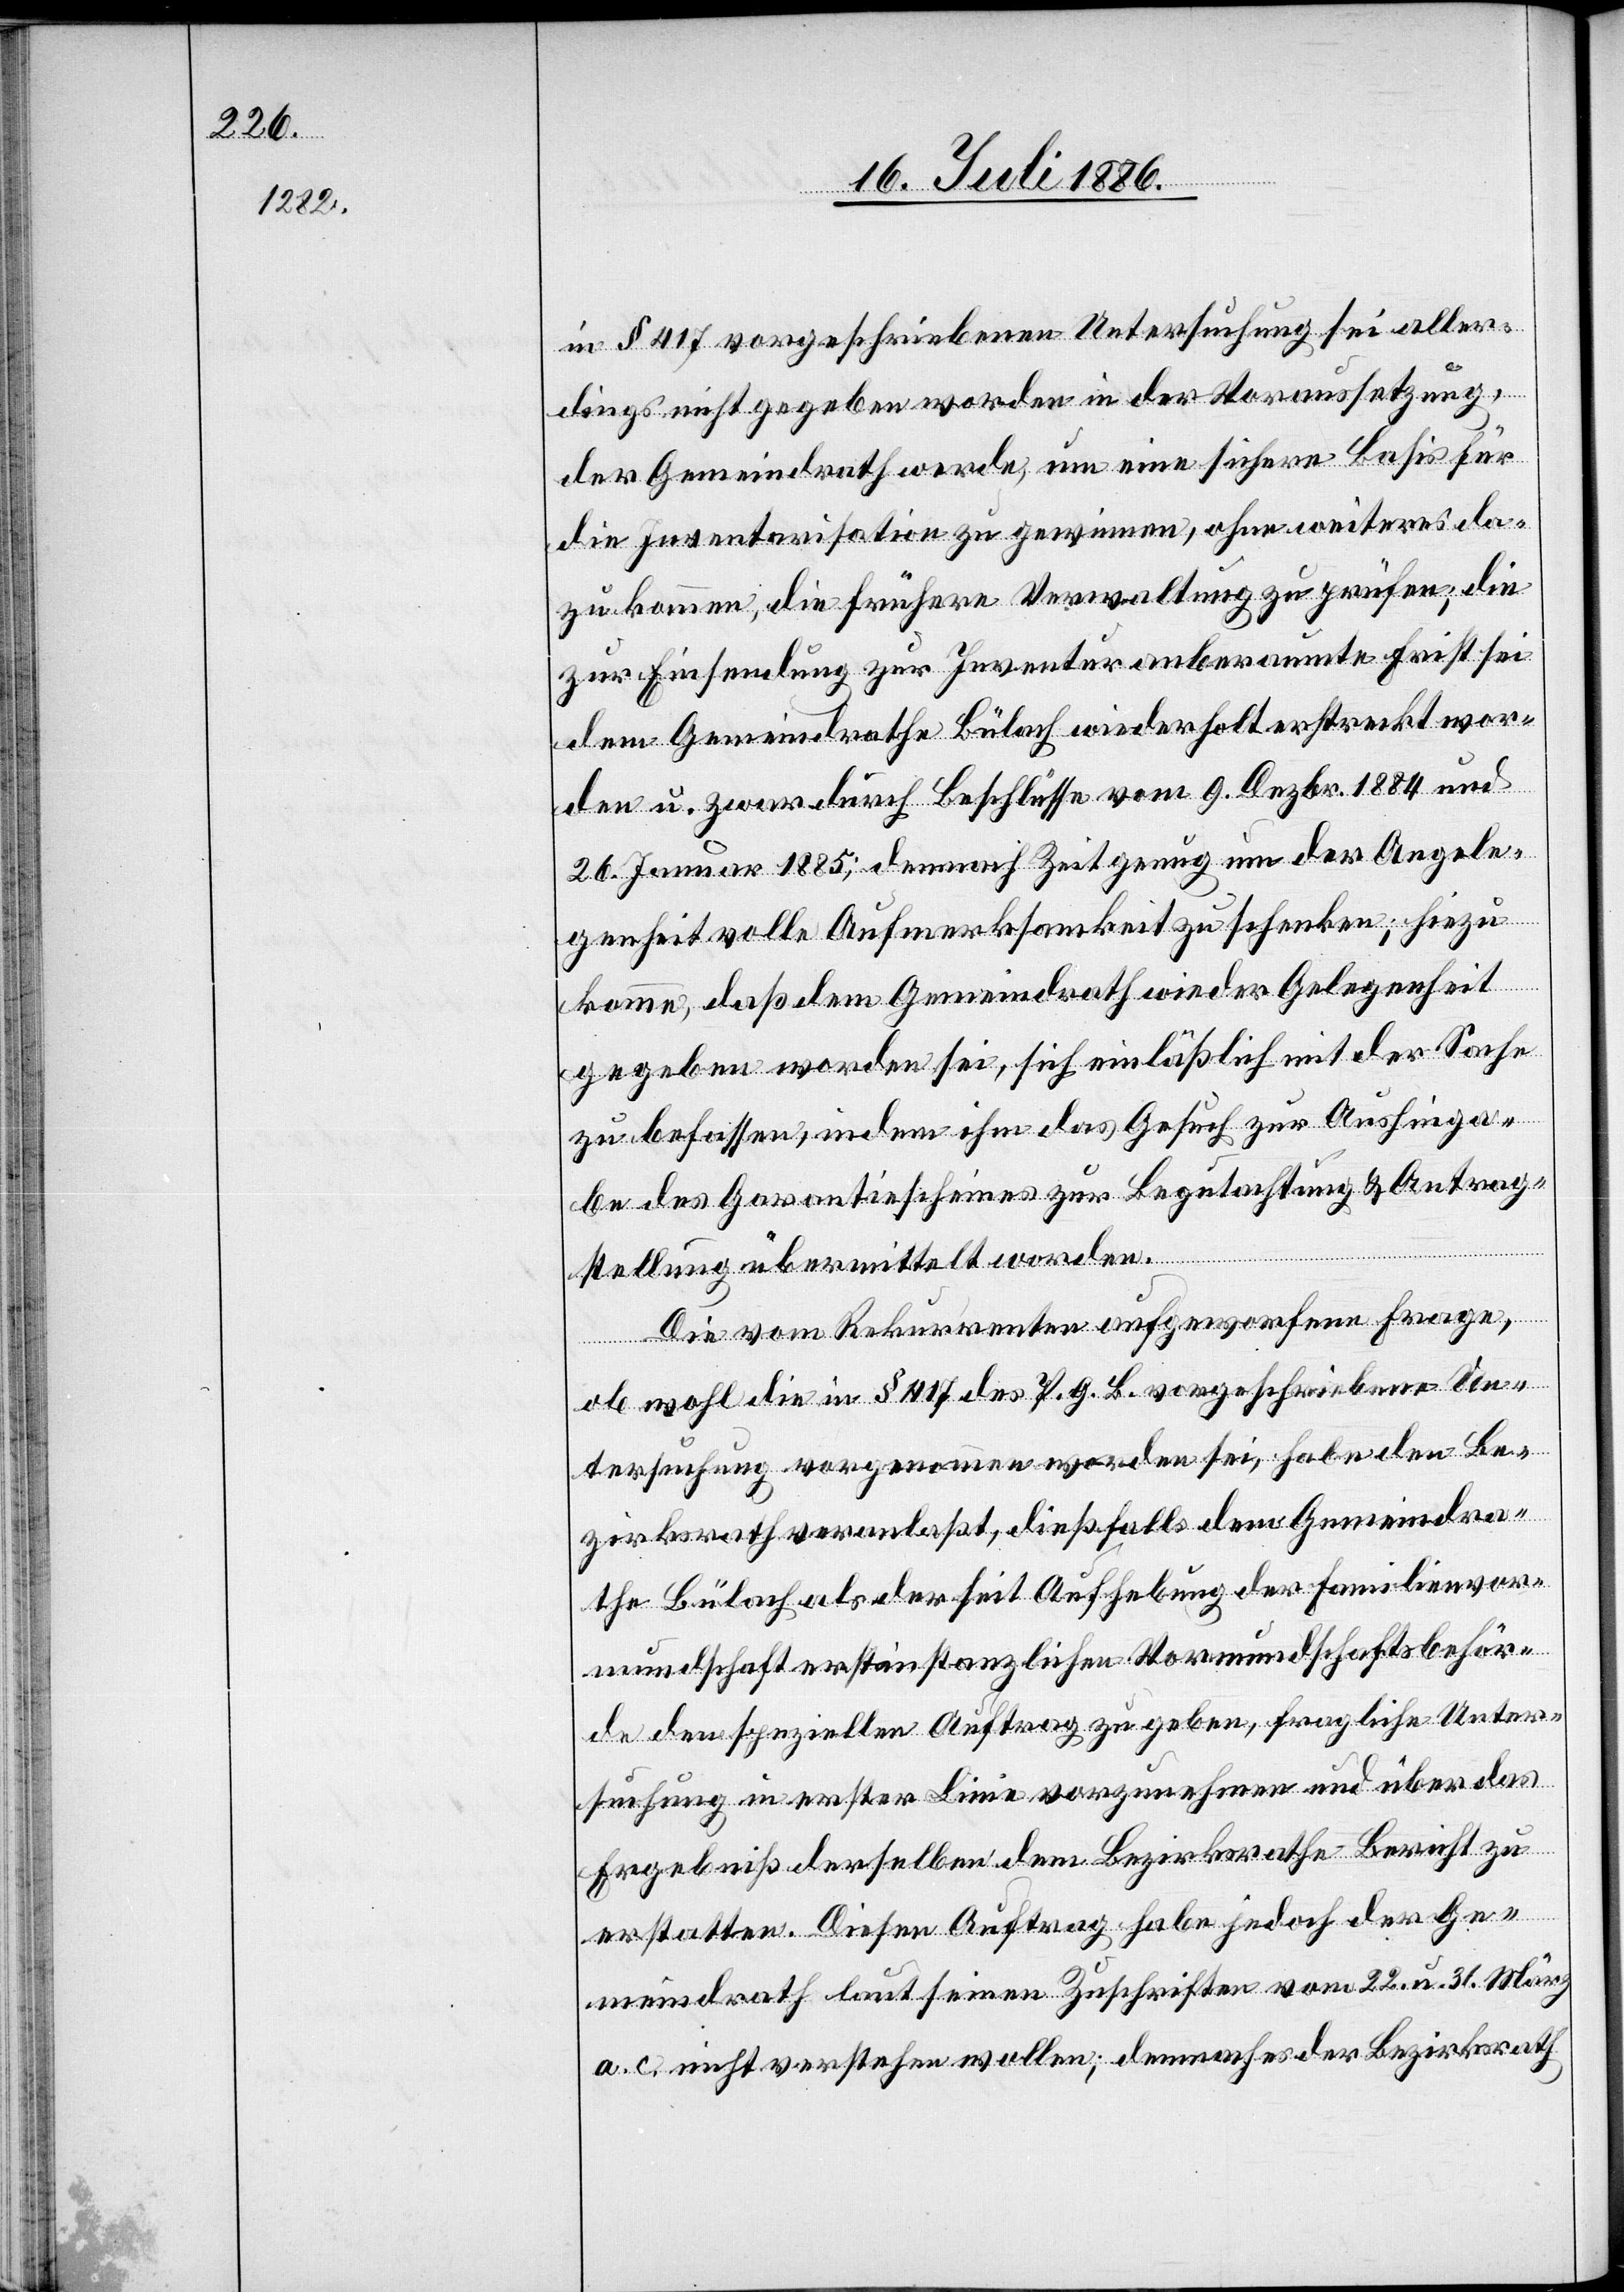
in § 417 vorgeschriebenen Untersuchung sei aller¬
dings nicht gegeben worden in der Voraussetzung,
der Gemeindrath werde, um eine sichere Basis für
die Inventarisation zu gewinnen, ohne weiteres da¬
zu kommen, die frühere Verwaltung zu prüfen; die
zur Einsendung zur Inventur anberaumte Frist sei
dem Gemeindrathe Bülach wiederholt erstreckt wor¬
den u. zwar durch Beschlüsse vom 9. Dezbr. 1884 und
26. Januar 1885; demnach Zeit genug um der Angele¬
genheit volle Aufmerksamkeit zu schenken; hiezu
komme, daß dem Gemeindrath wieder Gelegenheit
gegeben worden sei, sich einläßlich mit der Sache
zu befassen, indem ihm das Gesuch zu Aushinga¬
be des Garantiescheines zur Begutachtung & Antrag¬
stellung übermittelt worden.
Die vom Rekurrenten aufgeworfene Frage,
ob wohl die in § 417 des P. G. B. vorgeschriebene Un¬
tersuchung vorgenommen worden sei, habe den Be¬
zirksrath veranlaßt, dießfalls dem Gemeindra¬
the Bülach als der seit Aufhebung der Familienvor¬
mundschaft erstinstanzlichen Vormundschaftsbehör¬
de den speziellen Auftrag zu geben, fragliche Unter¬
suchung in erster Linie vorzunehmen und über das
Ergebniß derselben dem Bezirksrathe Bericht zu
erstatten. Diesen Auftrag habe jedoch der Ge¬
meindrath laut seinen Zuschriften vom 22. u. 31. März
a. c. nicht verstehen wollen; demnach es der Bezirksrath